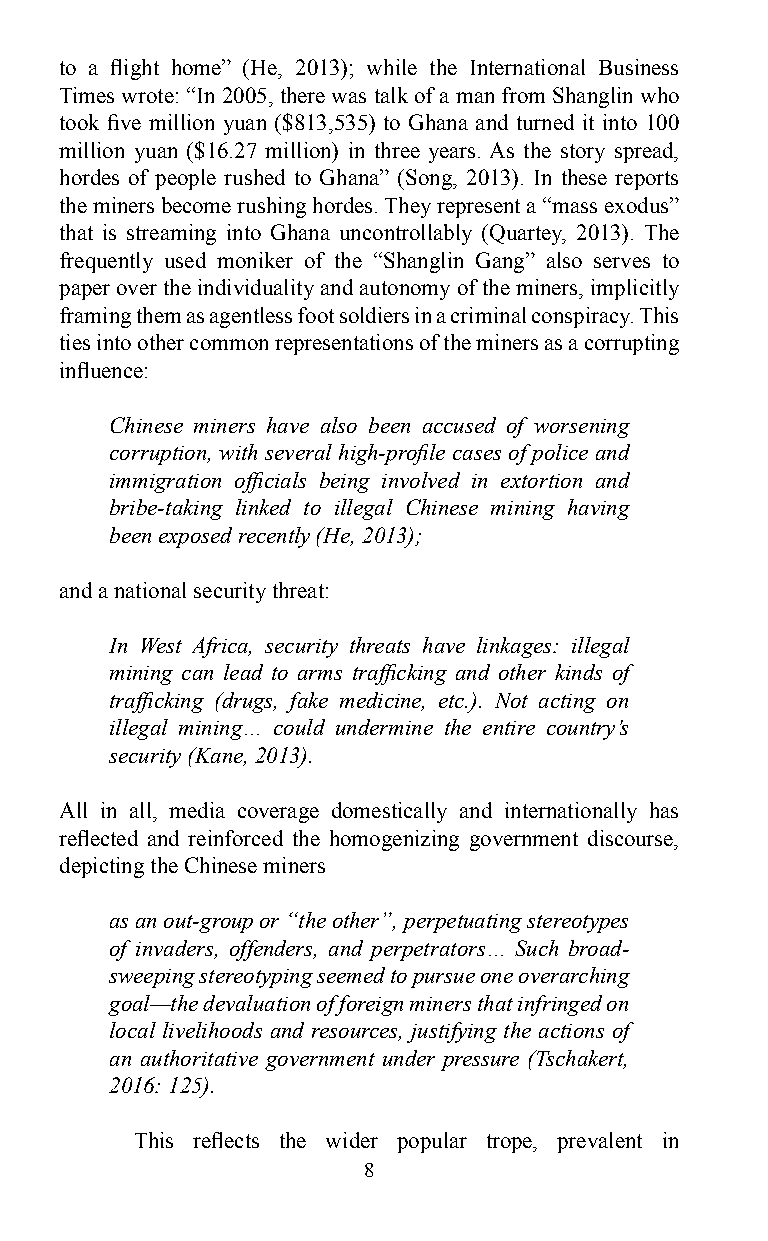
to a flight home” (He, 2013); while the International Business
 Times wrote: “In 2005, there was talk of a man from Shanglin who
 took five million yuan ($813,535) to Ghana and turned it into 100
 million yuan ($16.27 million) in three years. As the story spread,
 hordes of people rushed to Ghana” (Song, 2013). In these reports
 the miners become rushing hordes. They represent a “mass exodus”
 that is streaming into Ghana uncontrollably (Quartey, 2013). The
 frequently used moniker of the “Shanglin Gang” also serves to
 paper over the individuality and autonomy of the miners, implicitly
 framing them as agentless foot soldiers in a criminal conspiracy. This
 ties into other common representations of the miners as a corrupting
 influence:
 Chinese miners have also been accused of worsening
 corruption, with several high-profile cases of police and
 immigration officials being involved in extortion and
 bribe-taking linked to illegal Chinese mining having
 been exposed recently (He, 2013);
 and a national security threat:
 In West Africa, security threats have linkages: illegal
 mining can lead to arms trafficking and other kinds of
 trafficking (drugs, fake medicine, etc.). Not acting on
 illegal mining… could undermine the entire country’s
 security (Kane, 2013).
 All in all, media coverage domestically and internationally has
 reflected and reinforced the homogenizing government discourse,
 depicting the Chinese miners
 as an out-group or “the other”, perpetuating stereotypes
 of invaders, offenders, and perpetrators… Such broad-
 sweeping stereotyping seemed to pursue one overarching
 goal—the devaluation of foreign miners that infringed on
 local livelihoods and resources, justifying the actions of
 an authoritative government under pressure (Tschakert,
 2016: 125).
 This reflects the wider popular trope, prevalent in
 8